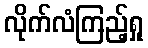
လိုက်လံကြည့်ရှု